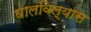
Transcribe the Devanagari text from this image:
घालविल्यास